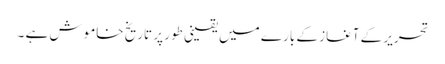
تحریر کے آغاز کے بارے میں یقینی طور پر تاریخ خاموش ہے ۔